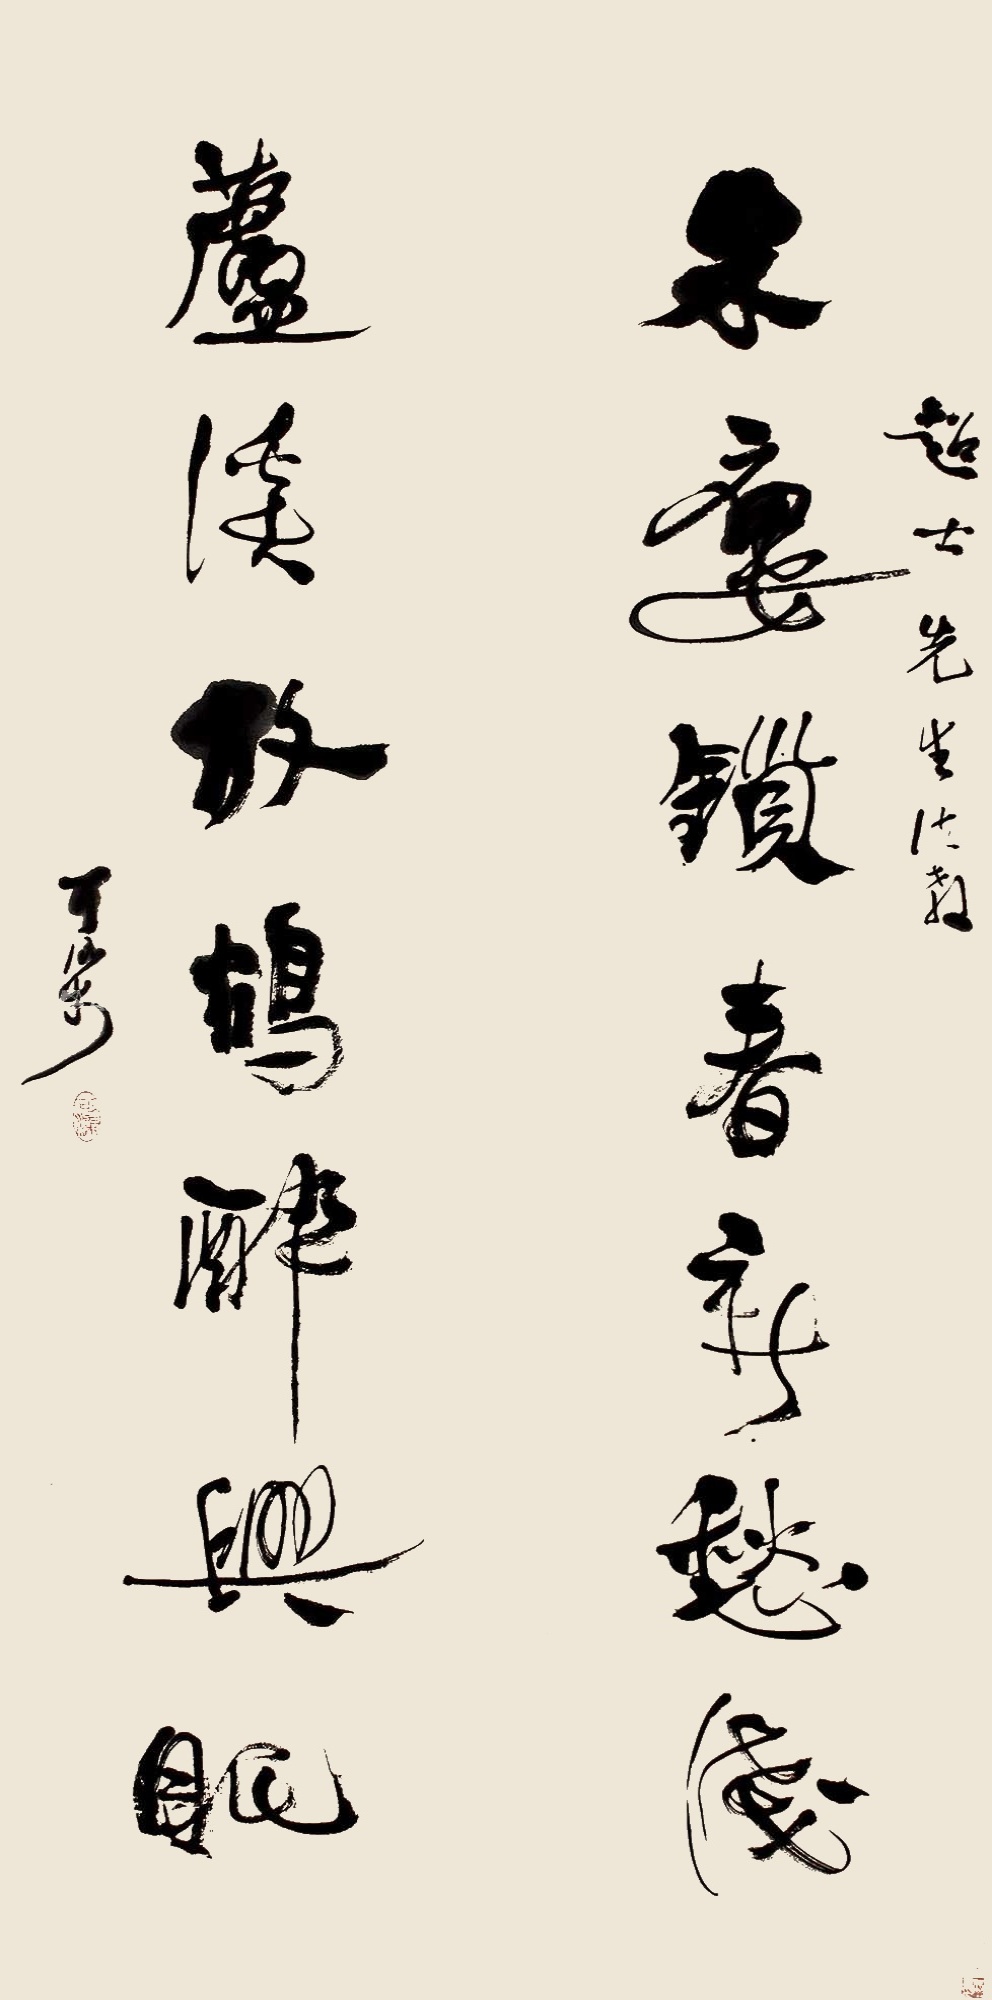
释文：朱楼锁春新愁浅，芦溪放鸪醉兴眠。超士先生法教，可染。